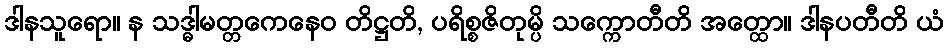
ဒါနသူရော။ န သဒ္ဓါမတ္တကေနေဝ တိဋ္ဌတိ, ပရိစ္စဇိတုမ္ပိ သက္ကောတီတိ အတ္ထော။ ဒါနပတီတိ ယံ